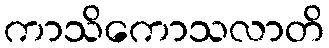
ကာသိကောသလာတိ